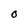
Character: 0